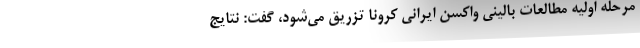
مرحله اولیه مطالعات بالینی واکسن ایرانی کرونا تزریق می‌شود، گفت: نتایج